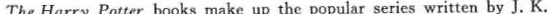
The Harry Potter books make up the popular series written by J, K.